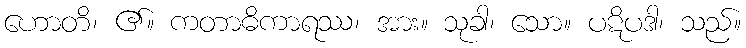
ဟောတိ၊ ၏။ ကတာဓိကာရဿ၊ အား။ သုခါ၊ သော။ ပဋိပဒါ၊ သည်။